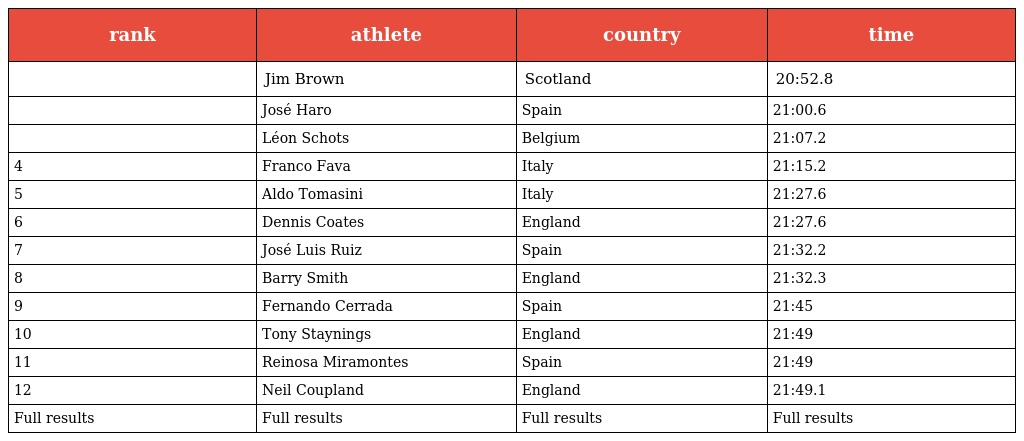
| rank | athlete | country | time |
 | --- | --- | --- | --- |
 |  | Jim Brown | Scotland | 20:52.8 |
 |  | José Haro | Spain | 21:00.6 |
 |  | Léon Schots | Belgium | 21:07.2 |
 | 4 | Franco Fava | Italy | 21:15.2 |
 | 5 | Aldo Tomasini | Italy | 21:27.6 |
 | 6 | Dennis Coates | England | 21:27.6 |
 | 7 | José Luis Ruiz | Spain | 21:32.2 |
 | 8 | Barry Smith | England | 21:32.3 |
 | 9 | Fernando Cerrada | Spain | 21:45 |
 | 10 | Tony Staynings | England | 21:49 |
 | 11 | Reinosa Miramontes | Spain | 21:49 |
 | 12 | Neil Coupland | England | 21:49.1 |
 | Full results | Full results | Full results | Full results |